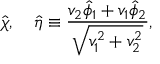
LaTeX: \hat { \chi } , ~ ~ ~ \hat { \eta } \equiv { \frac { v _ { 2 } \hat { \phi } _ { 1 } + v _ { 1 } \hat { \phi } _ { 2 } } { \sqrt { v _ { 1 } ^ { 2 } + v _ { 2 } ^ { 2 } } } } ,